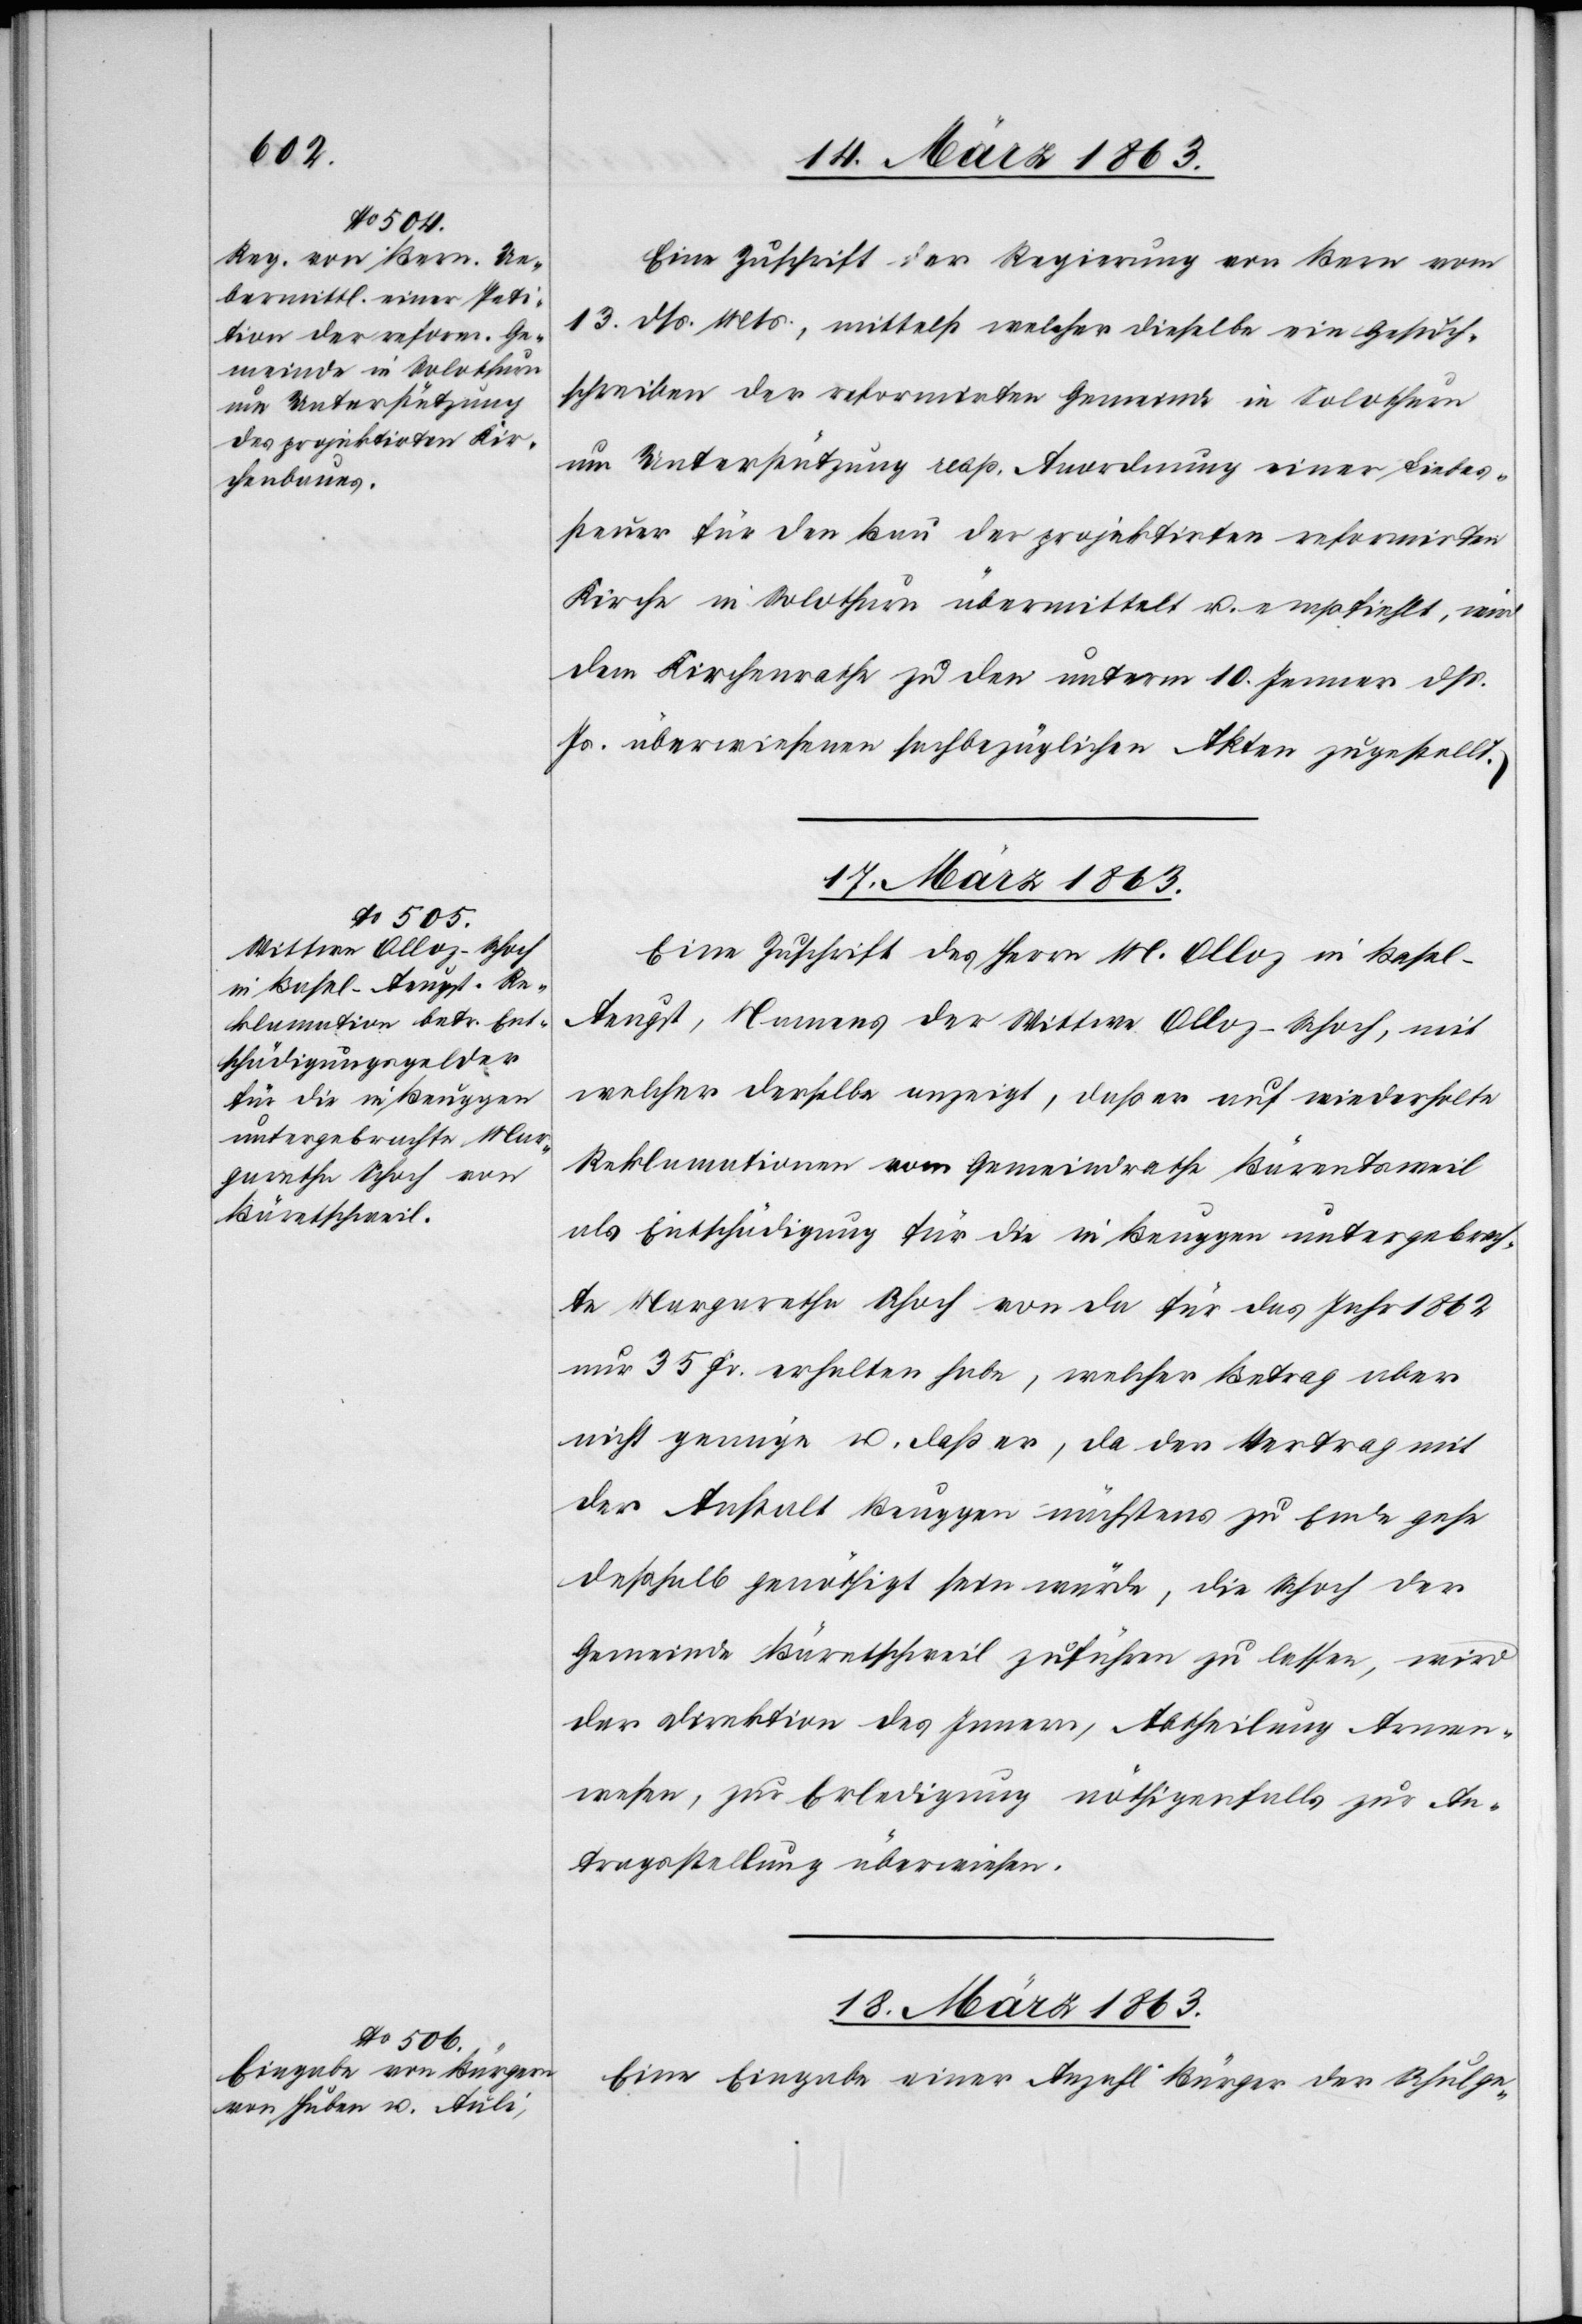
16. März 1863.]
Eine Zuschrift der Regierung von Bern vom
13. dß. Mts., mittelst welcher dieselbe ein Gesuch¬
schreiben der reformirten Gemeinde in Solothurn
um Unterstützung resp. Anordnung einer Liebes¬
steuer für den Bau der projektirten reformirten
Kirche in Solothurn übermittelt u. empfiehlt, wird
dem Kirchenrathe zu den unterm 10. Jenner d.
Js. überwiesenen sachbezüglichen Akten zugestellt.
17. März 1863.
Eine Zuschrift des Herrn M. Olloz in Basel-A¬
eugst, Namens der Wittwe Olloz-Schoch, mit
welcher derselbe anzeigt, daß er auf wiederholte
Reklamationen vom Gemeindrathe Bärentsweil
als Entschädigung für die in Beuggen untergebrach¬
te Margaretha Schoch von da für das Jahr 1862
nur 35 Fr. erhalten habe, welcher Betrag aber
nicht genüge u. daß er, da der Vertrag mit
der Anstalt Beuggen nächstens zu Ende gehe
deßhalb genöthigt sein würde, die Schoch der
Gemeinde Bäretschweil zuführen zu lassen, wird
der Direktion des Innern, Abtheilung Armen¬
wesen, zur Erledigung nöthigenfalls zur An¬
tragsstellung überwiesen.
18. März 1863.
Eine Eingabe einer Anzahl Bürger der Schulge-